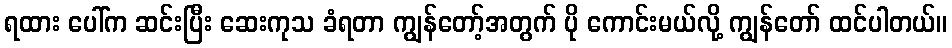
ရထား ပေါ်က ဆင်းပြီး ဆေးကုသ ခံရတာ ကျွန်တော့်အတွက် ပို ကောင်းမယ်လို့ ကျွန်တော် ထင်ပါတယ်။